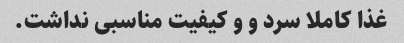
غذا کاملا سرد و و کیفیت مناسبی نداشت.